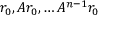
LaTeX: r _ { 0 } , A r _ { 0 } , \ldots A ^ { n - 1 } r _ { 0 }